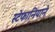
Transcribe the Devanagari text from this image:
स्टेफानियाने